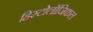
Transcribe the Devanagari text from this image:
हिस्टोलॉजिकल